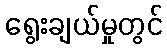
ရွေးချယ်မှုတွင်